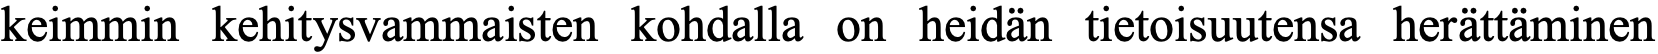
keimmin kehitysvammaisten kohdalla on heidän tietoisuutensa herättäminen